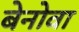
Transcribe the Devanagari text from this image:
बेनोवा